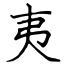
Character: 夷